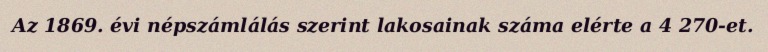
Az 1869. évi népszámlálás szerint lakosainak száma elérte a 4 270-et.